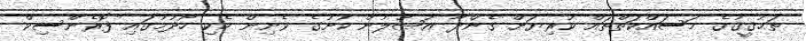
ތަޙުޤީޤުގެ މަސައްކަތްތައް ކުރިޔަށް ގެންދާ އުޞޫލުން ކުށުގެ ވެށިން ހެކި ހޯދުމުގައި ފޮރެންސިކް